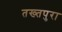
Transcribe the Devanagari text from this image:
तख्तपुरा